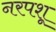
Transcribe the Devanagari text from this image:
नरपशू